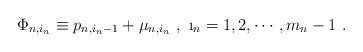
LaTeX: \begin{align*}\Phi_{n,i_n}\equiv p_{n,i_n-1}+\mu_{n,i_n}\ , \ \i_n=1,2,\cdots,m_n-1\ .\end{align*}